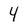
Character: 4